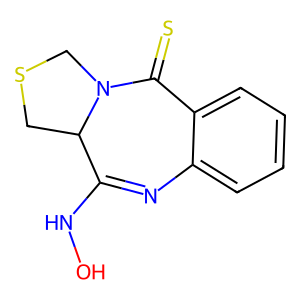
SMILES: ONC1=Nc2ccccc2C(=S)N2CSCC12
Inhibits HIV replication: No